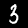
Label: 3